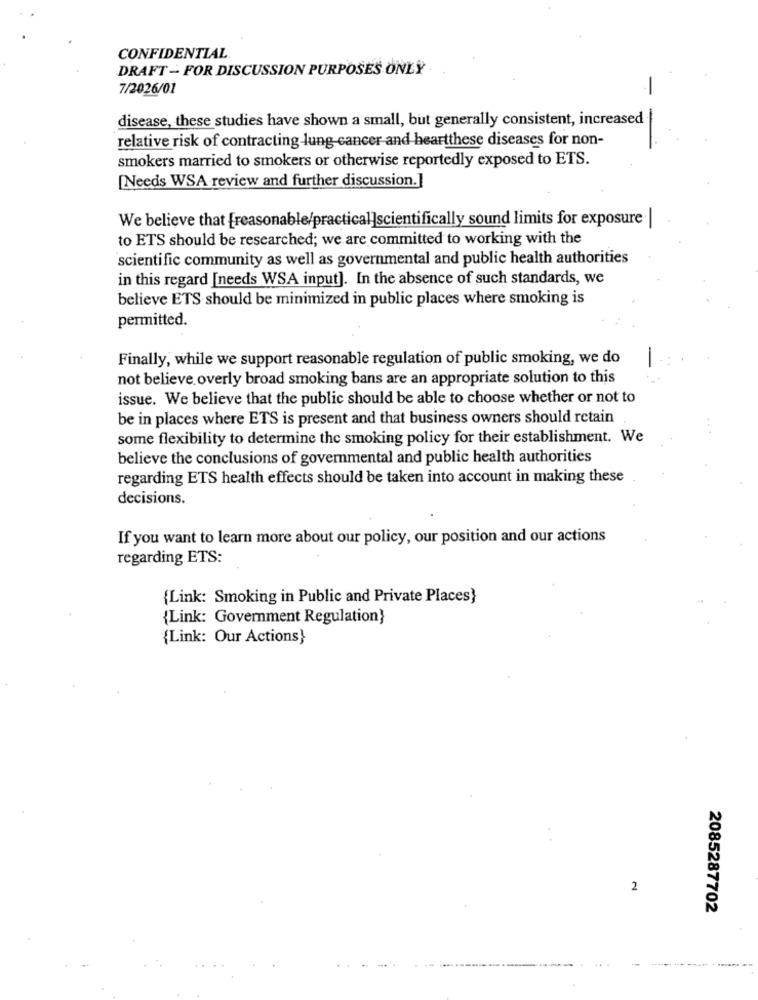
CONFIDENTIAL
DRAFT - FOR DISCUSSION PURPOSES ONLY
7/2026/01
disease, these studies have shown a small, but generally consistent, increased
relative risk of contracting -lung cancer and heartthese diseases for non-
smokers married to smokers or otherwise reportedly exposed to ETS.
[Needs WSA review and further discussion.]
We believe that [reasonable/practical]scientifically sound limits for exposure
to ETS should be researched; we are committed to working with the
scientific community as well as governmental and public health authorities
in this regard [needs WSA input]. In the absence of such standards, we
believe ETS should be minimized in public places where smoking is
permitted.
Finally, while we support reasonable regulation of public smoking, we do
not believe overly broad smoking bans are an appropriate solution to this
issue. We believe that the public should be able to choose whether or not to
be in places where ETS is present and that business owners should retain
some flexibility to determine the smoking policy for their establishment. We
believe the conclusions of governmental and public health authorities
regarding ETS health effects should be taken into account in making these
decisions.
If you want to learn more about our policy, our position and our actions
regarding ETS:
{Link: Smoking in Public and Private Places}
{Link: Government Regulation}
{Link: Our Actions}
2
2085287702